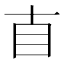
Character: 𥃭